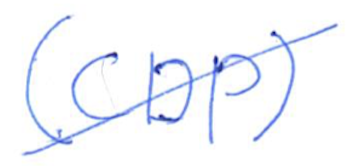
Text: (CDP)
Cross-out: diagonal
Writing tool: ballpoint